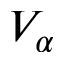
V _ { \alpha }